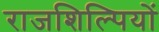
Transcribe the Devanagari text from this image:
राजशिल्पियों